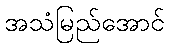
အသံမြည်အောင်